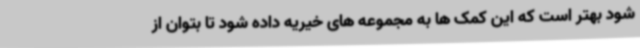
شود بهتر است که این کمک ها به مجموعه های خیریه داده شود تا بتوان از